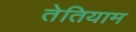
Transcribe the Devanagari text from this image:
तेतियाम